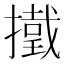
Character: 𢶋